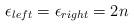
LaTeX: \begin{align*}\epsilon_{left} = \epsilon_{right} = 2n\end{align*}